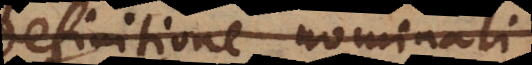
definitione nominali,